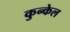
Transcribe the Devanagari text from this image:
कुन्केल